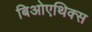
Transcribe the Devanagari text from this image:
बिओएथिक्स